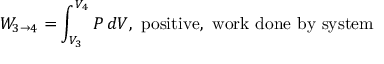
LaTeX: W _ { 3 \to 4 } = \int _ { V _ { 3 } } ^ { V _ { 4 } } P \, d V , \, \, { \mathrm { p o s i t i v e , ~ w o r k ~ d o n e ~ b y ~ s y s t e m } }